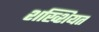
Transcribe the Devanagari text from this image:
शख्शियत